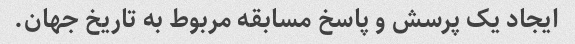
ایجاد یک پرسش و پاسخ مسابقه مربوط به تاریخ جهان.